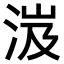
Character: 𣵵